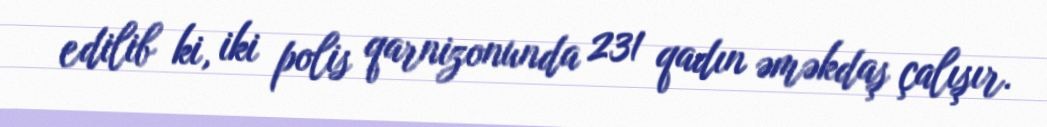
edilib ki, iki polis qarnizonunda 231 qadın əməkdaş çalışır.